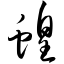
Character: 蝗